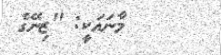
މާނައަކީ: ''ޒިނޭގެ